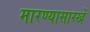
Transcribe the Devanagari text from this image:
मारण्यासारखें